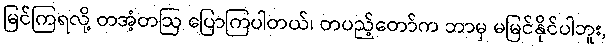
မြင်ကြရလို့ တအံ့တဩ ပြောကြပါတယ်၊ တပည့်တော်က ဘာမှ မမြင်နိုင်ပါဘူး,